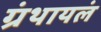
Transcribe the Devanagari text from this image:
ग्रंथायलं